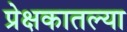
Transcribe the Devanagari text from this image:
प्रेक्षकातल्या